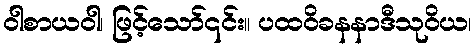
ဝါစာယဝါ၊ ဖြင့်သော်၎င်း။ ပထဝိခနနာဒီသုဝိယ၊